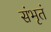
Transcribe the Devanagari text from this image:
संभृतं